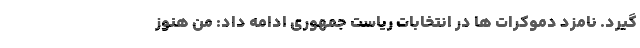
گیرد. نامزد دموکرات ها در انتخابات ریاست جمهوری ادامه داد: من هنوز